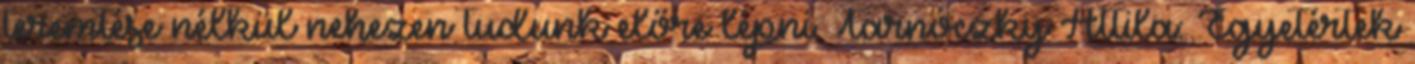
teremtése nélkül nehezen tudunk előre lépni. Tarnóczky Attila: Egyetértek